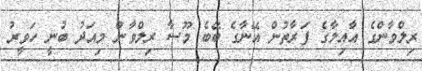
ރިލްވާންގެ އާއިލާގެ ފަރާތުން އޭނާގެ ބޭބެ މޫސާ ރިލްވާން މިއަދު ބުނީ ހަވީރު